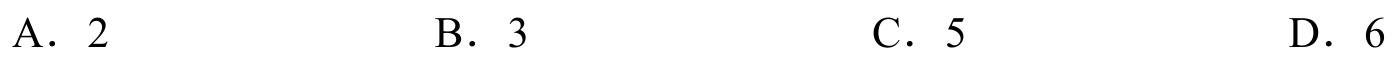
A. \(2\)  \hspace{3cm} B. \(3\)  \hspace{3cm} C. \(5\)  \hspace{3cm} D. \(6\)